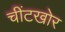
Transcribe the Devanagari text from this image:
चींटखोर